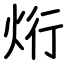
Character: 烆